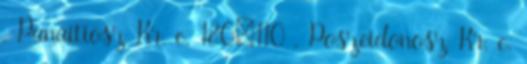
, Panaitiosz Kr. e. 180–110 , Poszeidonosz Kr. e.